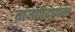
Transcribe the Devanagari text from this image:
ताजगीदायक